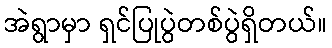
အဲရွာမှာ ရှင်ပြုပွဲတစ်ပွဲရှိတယ်။